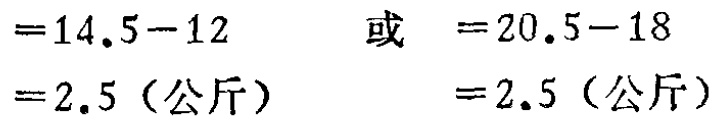
$=14.5 - 12\ \ 或\ \ =20.5 - 18\\=2.5（公斤）\ \ \ \ \ \ \ \ \ \ \ \ \ \ \ \ =2.5（公斤）$